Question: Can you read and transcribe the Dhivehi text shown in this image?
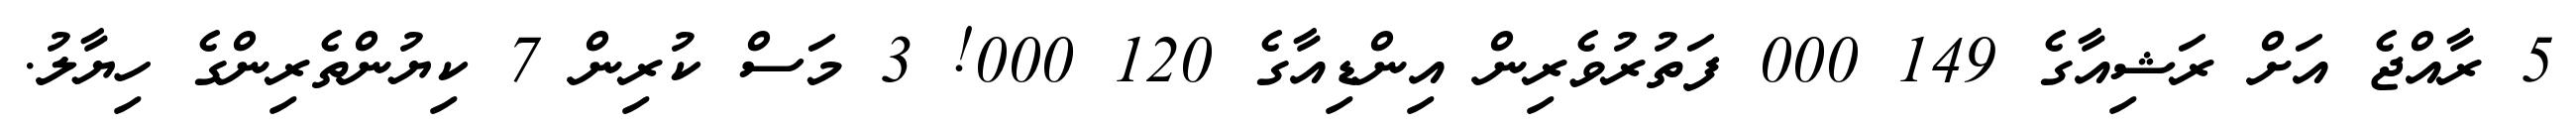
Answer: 5 ރާއްޖެ އަށް ރަޝިއާގެ 149 000 ފަތުރުވެރިން އިންޑިއާގެ 120 000! 3 މަސް ކުރިން 7 ކިޔުންތެރިންގެ ހިޔާލު.